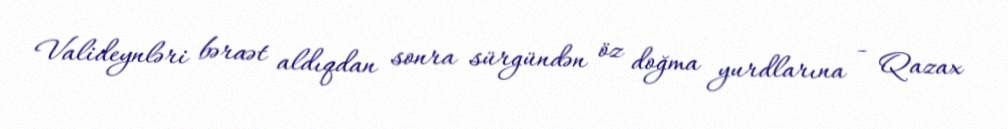
Valideynləri bəraət aldıqdan sonra sürgündən öz doğma yurdlarına - Qazax